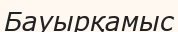
Бауырқамыс